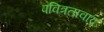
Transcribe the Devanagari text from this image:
पवित्रतावाद